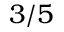
3 / 5